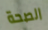
الصحة